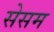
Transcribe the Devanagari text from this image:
सेसम